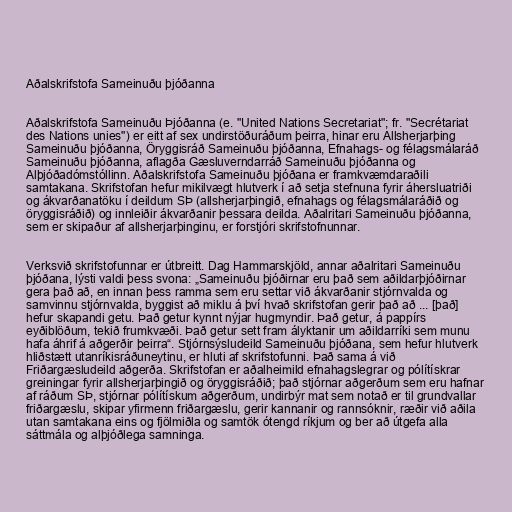
Aðalskrifstofa Sameinuðu þjóðanna

Aðalskrifstofa Sameinuðu Þjóðanna (e. "United Nations Secretariat"; fr. "Secrétariat
des Nations unies") er eitt af sex undirstöðuráðum þeirra, hinar eru Allsherjarþing
Sameinuðu þjóðanna, Öryggisráð Sameinuðu þjóðanna, Efnahags- og félagsmálaráð
Sameinuðu þjóðanna, aflagða Gæsluverndarráð Sameinuðu þjóðanna og
Alþjóðadómstóllinn. Aðalskrifstofa Sameinuðu þjóðana er framkvæmdaraðili
samtakana. Skrifstofan hefur mikilvægt hlutverk í að setja stefnuna fyrir áhersluatriði
og ákvarðanatöku í deildum SÞ (allsherjarþingið, efnahags og félagsmálaráðið og
öryggisráðið) og innleiðir ákvarðanir þessara deilda. Aðalritari Sameinuðu þjóðanna,
sem er skipaður af allsherjarþinginu, er forstjóri skrifstofnunnar.

Verksvið skrifstofunnar er útbreitt. Dag Hammarskjöld, annar aðalritari Sameinuðu
þjóðana, lýsti valdi þess svona: „Sameinuðu þjóðirnar eru það sem aðildarþjóðirnar
gera það að, en innan þess ramma sem eru settar við ákvarðanir stjórnvalda og
samvinnu stjórnvalda, byggist að miklu á því hvað skrifstofan gerir það að ... [það]
hefur skapandi getu. Það getur kynnt nýjar hugmyndir. Það getur, á pappírs
eyðiblöðum, tekið frumkvæði. Það getur sett fram ályktanir um aðildarríki sem munu
hafa áhrif á aðgerðir þeirra“. Stjórnsýsludeild Sameinuðu þjóðana, sem hefur hlutverk
hliðstætt utanríkisráðuneytinu, er hluti af skrifstofunni. Það sama á við
Friðargæsludeild aðgerða. Skrifstofan er aðalheimild efnahagslegrar og pólítískrar
greiningar fyrir allsherjarþingið og öryggisráðið; það stjórnar aðgerðum sem eru hafnar
af ráðum SÞ, stjórnar pólítískum aðgerðum, undirbýr mat sem notað er til grundvallar
friðargæslu, skipar yfirmenn friðargæslu, gerir kannanir og rannsóknir, ræðir við aðila
utan samtakana eins og fjölmiðla og samtök ótengd ríkjum og ber að útgefa alla
sáttmála og alþjóðlega samninga.